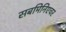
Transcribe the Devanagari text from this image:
सबमिनिएचर